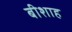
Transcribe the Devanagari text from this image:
बीशाह